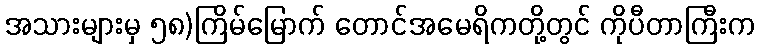
အသားများမှ ၅၈)ကြိမ်မြောက် တောင်အမေရိကတို့တွင် ကိုပီတာကြီးက